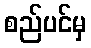
စည်ပင်မှ